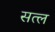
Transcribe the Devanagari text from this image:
सत्ल